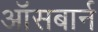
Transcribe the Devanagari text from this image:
ऑसबार्न